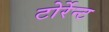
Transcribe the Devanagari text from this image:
टोर्रेन्ट